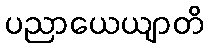
ပညာယေယျာတိ